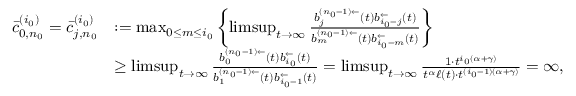
\begin{array} { r l } { \bar { c } _ { 0 , n _ { 0 } } ^ { ( i _ { 0 } ) } = \bar { c } _ { j , n _ { 0 } } ^ { ( i _ { 0 } ) } } & { : = \operatorname* { m a x } _ { 0 \le m \le i _ { 0 } } \left\{ \operatorname* { l i m s u p } _ { t \to \infty } \frac { b _ { j } ^ { ( n _ { 0 } - 1 ) \leftarrow } ( t ) b _ { i _ { 0 } - j } ^ { \leftarrow } ( t ) } { b _ { m } ^ { ( n _ { 0 } - 1 ) \leftarrow } ( t ) b _ { i _ { 0 } - m } ^ { \leftarrow } ( t ) } \right\} } \\ & { \ge \operatorname* { l i m s u p } _ { t \to \infty } \frac { b _ { 0 } ^ { ( n _ { 0 } - 1 ) \leftarrow } ( t ) b _ { i _ { 0 } } ^ { \leftarrow } ( t ) } { b _ { 1 } ^ { ( n _ { 0 } - 1 ) \leftarrow } ( t ) b _ { i _ { 0 } - 1 } ^ { \leftarrow } ( t ) } = \operatorname* { l i m s u p } _ { t \to \infty } \frac { 1 \cdot t ^ { i _ { 0 } ( \alpha + \gamma ) } } { t ^ { \alpha } \ell ( t ) \cdot t ^ { ( i _ { 0 } - 1 ) ( \alpha + \gamma ) } } = \infty , } \end{array}